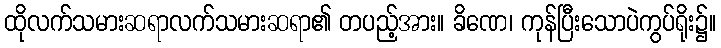
ထိုလက်သမားဆရာလက်သမားဆရာ၏ တပည့်အား။ ခိဏေ၊ ကုန်ပြီးသောပဲကွပ်ရိုး၌။